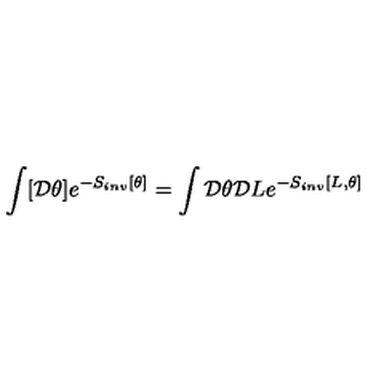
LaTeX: \int [ { \mathcal D } \theta ] e ^ { - S _ { i n v } [ \theta ] } = \int { \mathcal D } \theta { \mathcal D } L e ^ { - S _ { i n v } [ L , \theta ] }